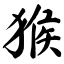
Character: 猴